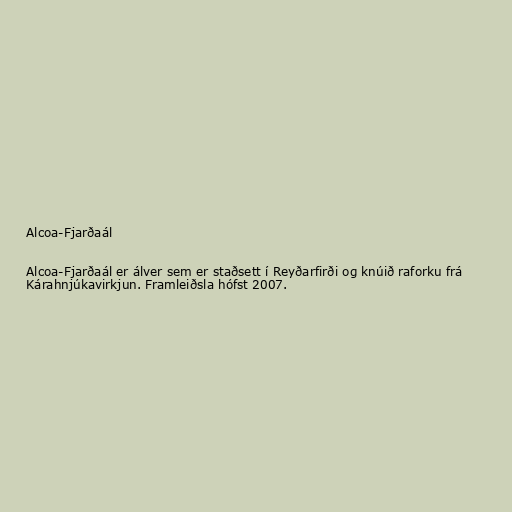
Alcoa-Fjarðaál

Alcoa-Fjarðaál er álver sem er staðsett í Reyðarfirði og knúið raforku frá
Kárahnjúkavirkjun. Framleiðsla hófst 2007.